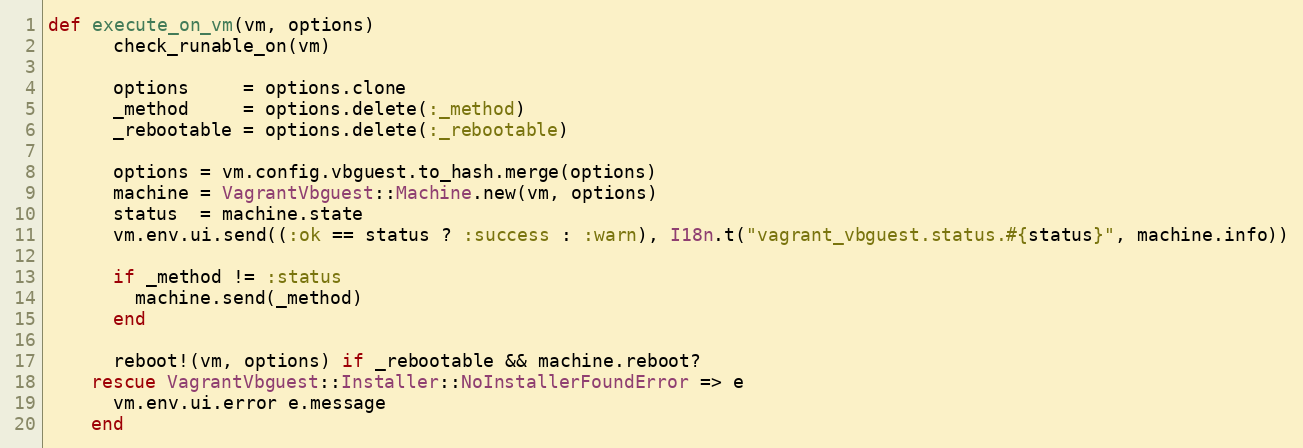
Language: Ruby
def execute_on_vm(vm, options)
      check_runable_on(vm)

      options     = options.clone
      _method     = options.delete(:_method)
      _rebootable = options.delete(:_rebootable)

      options = vm.config.vbguest.to_hash.merge(options)
      machine = VagrantVbguest::Machine.new(vm, options)
      status  = machine.state
      vm.env.ui.send((:ok == status ? :success : :warn), I18n.t("vagrant_vbguest.status.#{status}", machine.info))

      if _method != :status
        machine.send(_method)
      end

      reboot!(vm, options) if _rebootable && machine.reboot?
    rescue VagrantVbguest::Installer::NoInstallerFoundError => e
      vm.env.ui.error e.message
    end